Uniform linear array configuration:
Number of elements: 32
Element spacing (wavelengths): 0.75
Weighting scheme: exponential
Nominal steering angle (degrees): -45
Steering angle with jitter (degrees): -44.415
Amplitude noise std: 0.05
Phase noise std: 0.05

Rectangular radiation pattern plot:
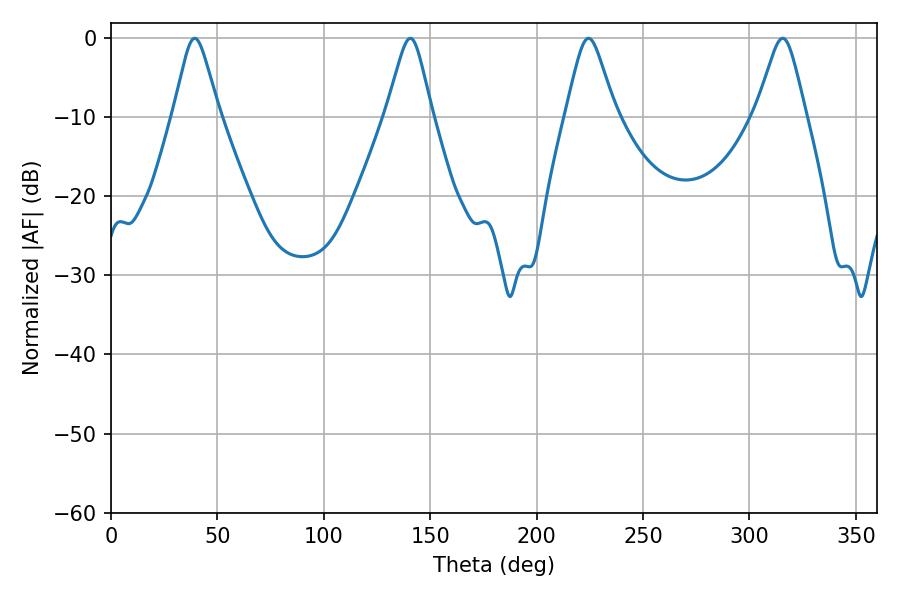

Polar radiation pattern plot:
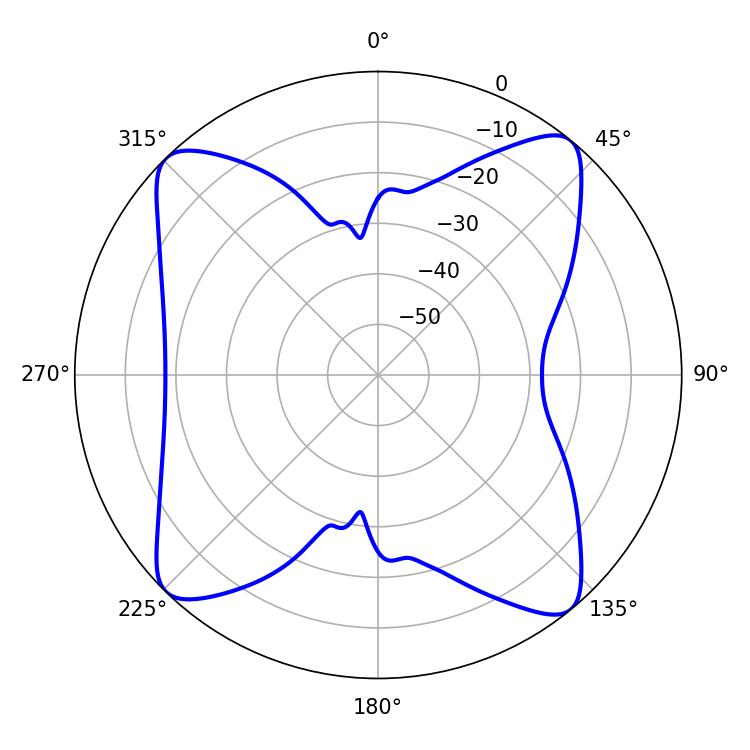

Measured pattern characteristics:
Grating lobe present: TRUE
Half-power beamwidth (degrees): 11.16
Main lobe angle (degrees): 224.46